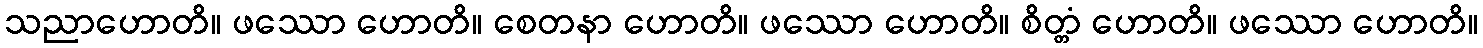
သညာဟောတိ။ ဖဿော ဟောတိ။ စေတနာ ဟောတိ။ ဖဿော ဟောတိ။ စိတ္တံ ဟောတိ။ ဖဿော ဟောတိ။